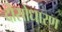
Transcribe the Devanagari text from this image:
दोसोधारण